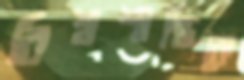
বিশ্বশান্তিকে